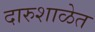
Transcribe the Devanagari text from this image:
दारुशाळेत